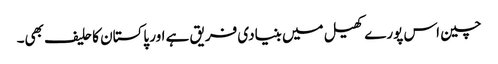
چین اس پورے کھیل میں بنیادی فریق ہے اور پاکستان کا حلیف بھی۔